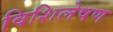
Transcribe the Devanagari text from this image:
विशिलेषण